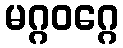
မဂ္ဂဝဂ္ဂေ